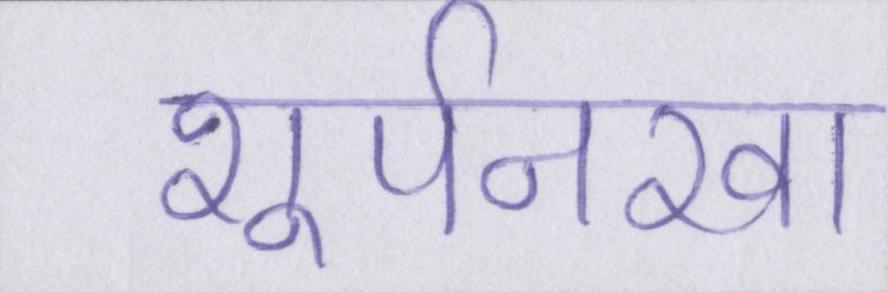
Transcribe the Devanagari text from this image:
शूर्पनखा